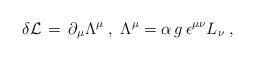
LaTeX: \begin{align*}\delta {\cal L} \,=\, \partial_{\mu} \Lambda^{\mu} \;,\;\Lambda^{\mu} = \alpha \, g \, \epsilon^{\mu \nu} L_{\nu} \;,\end{align*}